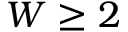
W \geq 2